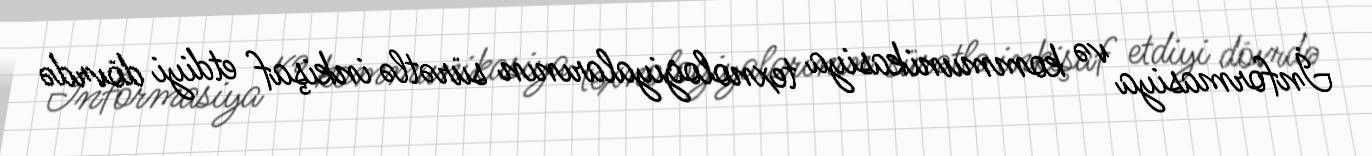
İnformasiya və kommunikasiya texnologiyalarının sürətlə inkişaf etdiyi dövrdə